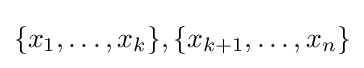
\{x_{1},\ldots ,x_{k}\},\{x_{k+1},\ldots ,x_{n}\}